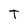
Character: T